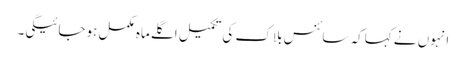
انہوں نے کہاکہ سائنس بلاک کی تکمیل اگلے ماہ مکمل ہوجائیگی۔